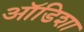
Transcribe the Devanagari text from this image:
ऑडिशा